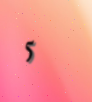
5